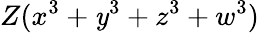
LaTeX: Z(x^{3}+\mathit{y}^{3}+z^{3}+w^{3})